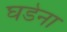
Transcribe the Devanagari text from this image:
घडेना